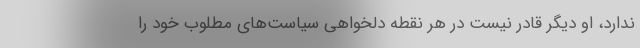
ندارد، او دیگر قادر نیست در هر نقطه دلخواهی سیاست‌های مطلوب خود را